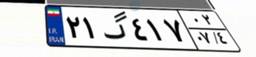
۲۱گ۴۱۷۰۲